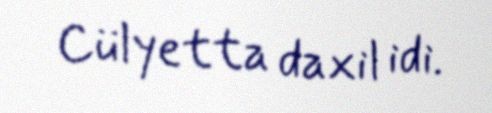
Cülyetta daxil idi.